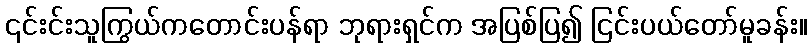
၎င်းင်းသူကြွယ်ကတောင်းပန်ရာ ဘုရားရှင်က အပြစ်ပြ၍ ငြင်းပယ်တော်မူခန်း။